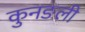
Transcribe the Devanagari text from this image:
कुनङली